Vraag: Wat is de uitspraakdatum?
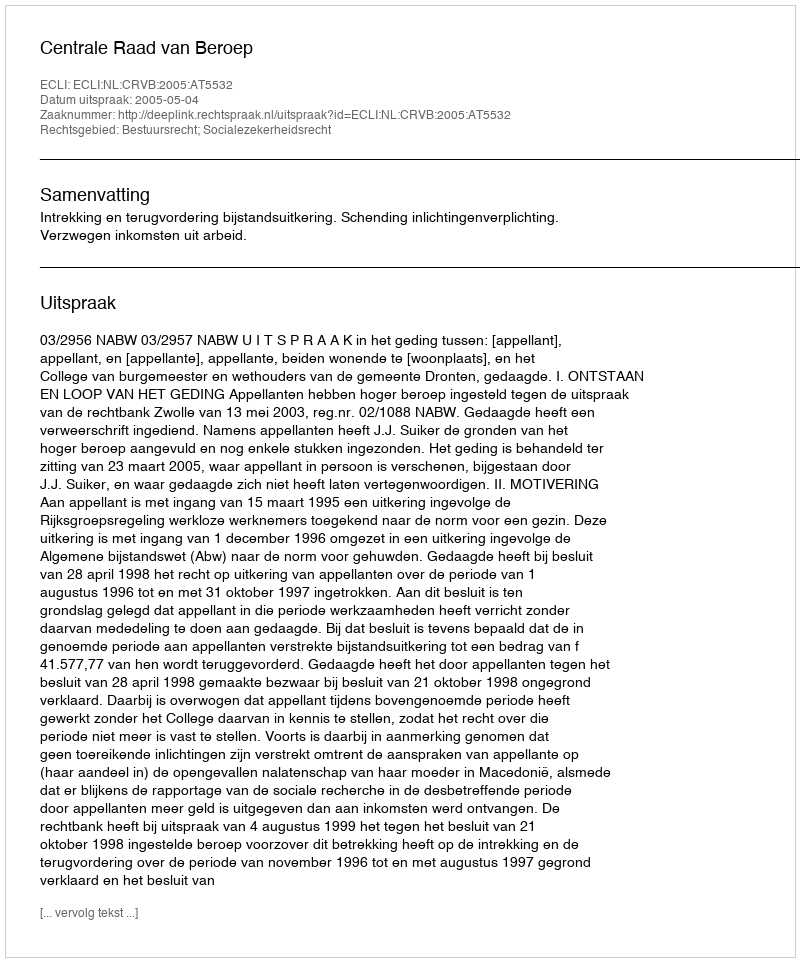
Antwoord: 2005-05-04